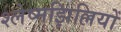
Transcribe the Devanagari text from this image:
श्लेष्मझिल्लियों